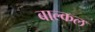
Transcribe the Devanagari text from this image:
बाल्कल